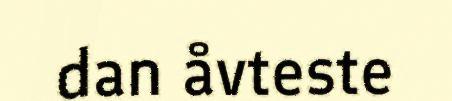
dan åvteste